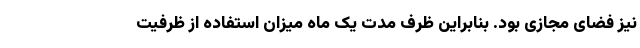
نیز فضای مجازی بود. بنابراین ظرف مدت یک ماه میزان استفاده از ظرفیت